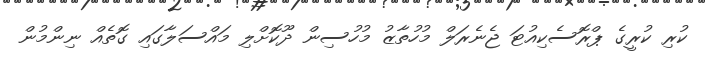
ކުރި ކުރީގެ ޕްރޮސެކިއުޓަ ޖެނެރަލް މުހުތާޒު މުހުސިން ދޫކޮށްލި މައްސަލާގައި ގޮތެއް ނިންމުން